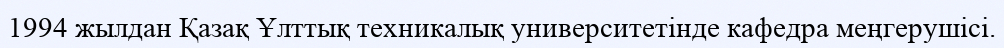
1994 жылдан Қазақ Ұлттық техникалық университетінде кафедра меңгерушісі.